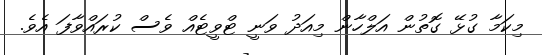
މިކަމާ ގުޅޭ ގޮތުން އަލްހާން މިއަދު ވަނީ ޓްވީޓެއް ވެސް ކުރައްވާފަ އެވެ.